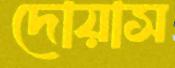
দোয়াস